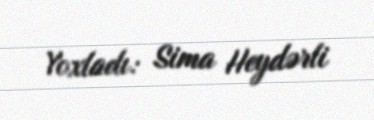
Yoxladı: Sima Heydərli